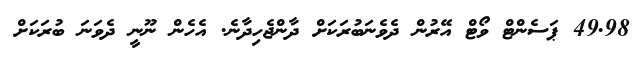
49.98 ޕަސެންޓް ވޯޓް އޭރުން ދެވެނަބުރަކަށް ދާންޖެހިދާނެ. އެހެން ނޫނީ ދެވަނަ ބުރަކަށް